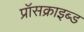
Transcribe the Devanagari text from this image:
प्रॉसक्राइब्ड